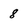
Character: 8